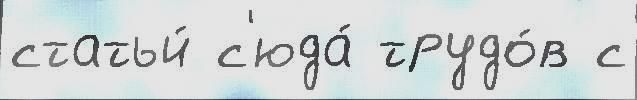
статьи́ с'юда́ трудо́в с